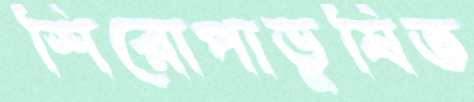
শিরোপাভূষিত